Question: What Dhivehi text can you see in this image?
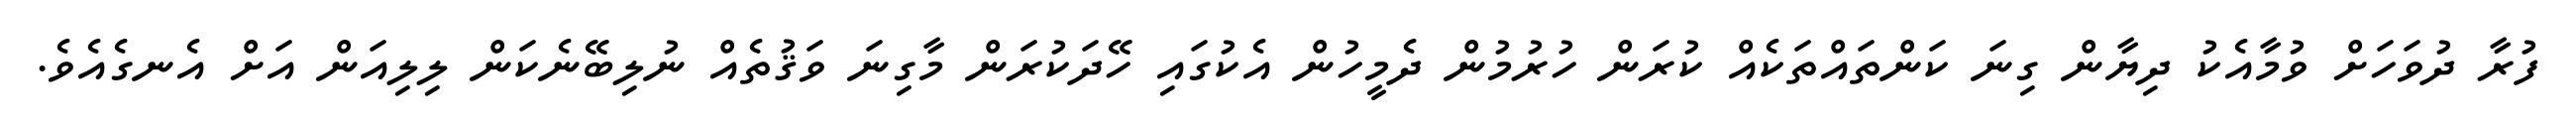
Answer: ފުރާ ދުވަހަށް ވުމާއެކު ދިޔާން ގިނަ ކަންތައްތަކެއް ކުރަން ހުރުމުން ދެމީހުން އެކުގައި ހޭދަކުރަން މާގިނަ ވަޤުތެއް ނުލިބޭނެކަން ލިލިއަން އަށް އެނގެއެވެ.